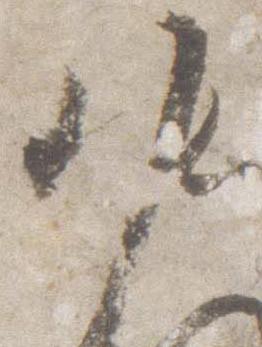
中